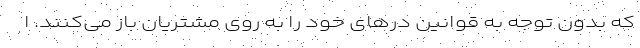
که بدون توجه به قوانین درهای خود را به روی مشتریان باز می‌کنند. ا